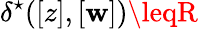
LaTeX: {\delta^{\star}([z],[\mathbf{w}])\leqR}